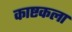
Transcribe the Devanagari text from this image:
काष्टकला